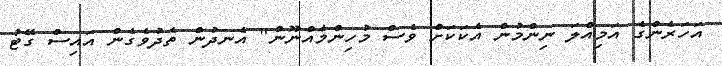
އަހަރެންގެ އަމިއްލަ ނިންމުން އެކަކަށް ވެސް މުހިންމެއްނޫން" އެނދުން ތެދުވެގެން އައިސް ގޭޓު